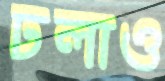
ঢলাও